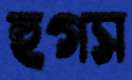
হুগস